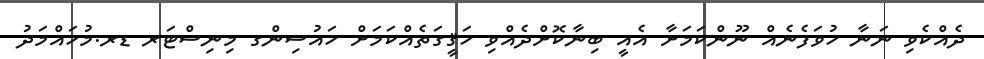
ދެއްކެވި ނަނާ ހުވަފެނެއް ނޫންކަމަށާ އެއީ ބިނާކޮށްދެއްވި ހަޤީގަތެއްކަމަށް ހައުސިންގ މިނިސްޓަރ ޑރ.މުހައްމަދު